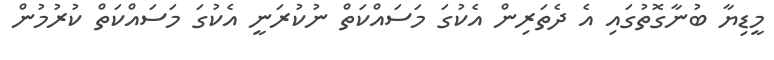
މީޑިޔާ ބުނާގޮތުގައި އެ ދެތަރިން އެކުގަ މަސައްކަތް ނުކުރަނީ އެކުގަ މަސައްކަތް ކުރުމުން